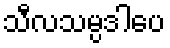
သီလသမ္ပဒါပေ